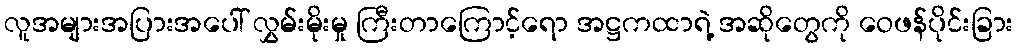
လူအများအပြားအပေါ် လွှမ်းမိုးမှု ကြီးတာကြောင့်ရော အဋ္ဌကထာရဲ့ အဆိုတွေကို ဝေဖန်ပိုင်းခြား